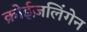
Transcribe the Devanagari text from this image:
क्रोईज़लिंगेन